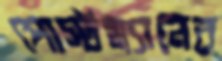
পোস্টম্যানের